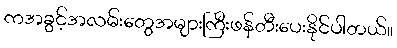
ကအခွင့်အလမ်းတွေအများကြီးဖန်တီးပေးနိုင်ပါတယ်။